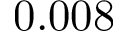
0 . 0 0 8